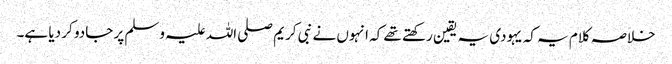
خلاصہ کلام یہ کہ یہودی یہ یقین رکھتے تھے کہ انہوں نے نبی کریم صلی اللہ علیہ وسلم پر جادو کر دیا ہے۔